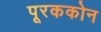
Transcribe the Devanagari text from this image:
पूरककोन